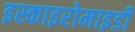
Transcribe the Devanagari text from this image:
इस्काइरोमाइडी